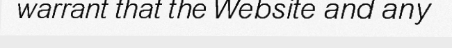
warrant that the Website and any